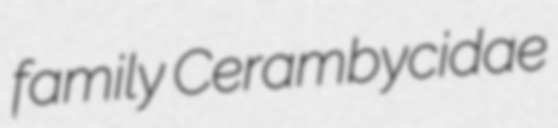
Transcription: family Cerambycidae